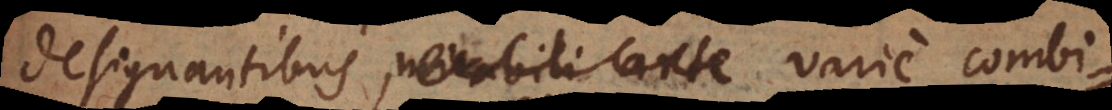
designantibus, mirabili arte varie combi